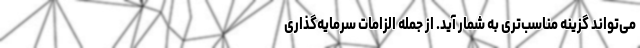
می‌تواند گزینه مناسب‌تری به شمار آید. از جمله الزامات سرمایه‌گذاری